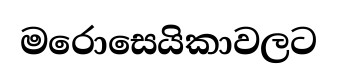
මරොසෙයිකාවලට